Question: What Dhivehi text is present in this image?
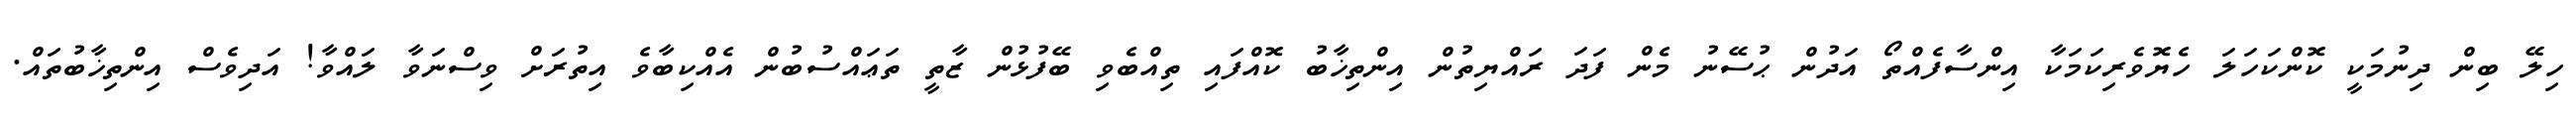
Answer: ހިލޭ ބިން ދިނުމަކީ ކޮންކަހަލަ ހެޔޮވެރިކަމަކާ އިންސާފެއްތޯ އަދުން ޙުސޭނު މެން ފަދަ ރައްޔިތުން އިންތިޚާބު ކޮއްފައި ތިއްބެވި ބޭފުޅުން ޒާތީ ތަޢައްސުބުން އެއްކިބާވެ އިތުރަށް ވިސްނަވާ ލައްވާ! އަދިވެސް އިންތިޚާބުތައް.